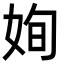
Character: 姰